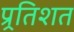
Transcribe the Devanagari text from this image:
प्र्रतिशत